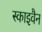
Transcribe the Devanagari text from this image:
स्काइवैन